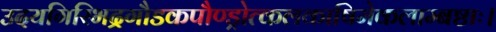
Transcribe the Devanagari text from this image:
उदयगिरिभद्रगौडकपौण्ड्रोत्कलकाषिमेकलाम्बष्ठाः।